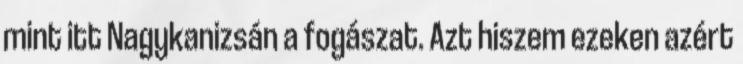
mint itt Nagykanizsán a fogászat. Azt hiszem ezeken azért